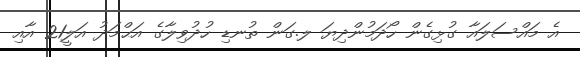
އެ މައްސަލައާ ގުޅިގެން ހޯދަމުންދިޔަ ލ.ގަން ތުނޑި ހުދުވިލާގެ އަޙްމަދު އަލީ21 އާއި